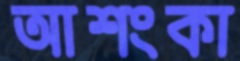
আশংকা